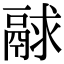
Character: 𩰻